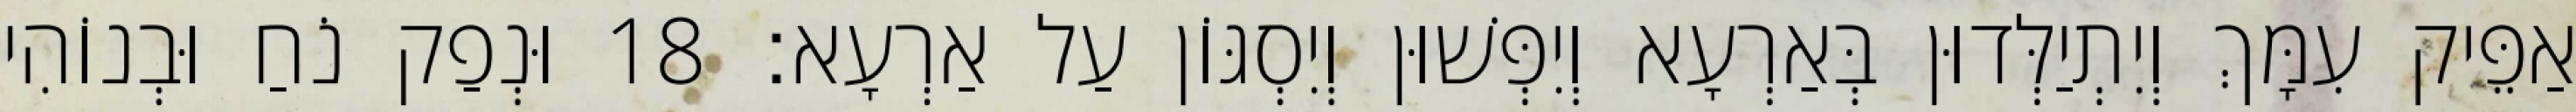
אַפֵּיק עִמָּךְ וְיִתְיַלְּדוּן בְּאַרְעָא וְיִפְּשׁוּן וְיִסְגּוֹן עַל אַרְעָא׃ 18 וּנְפַק נֹחַ וּבְנוֹהִי